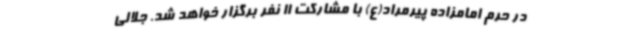
در حرم امامزاده پیرمراد(ع) با مشارکت 11 نفر برگزار خواهد شد. جلالی